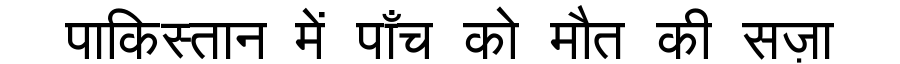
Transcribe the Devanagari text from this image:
पाकिस्तान में पाँच को मौत की सज़ा